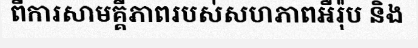
ពីការសាមគ្គីភាពរបស់សហភាពអឺរ៉ុប និង